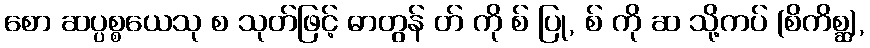
စော ဆပ္ပစ္စယေသု စ သုတ်ဖြင့် ဓာတွန် တ် ကို စ် ပြု, စ် ကို ဆ သို့ကပ် (စိကိစ္ဆ),